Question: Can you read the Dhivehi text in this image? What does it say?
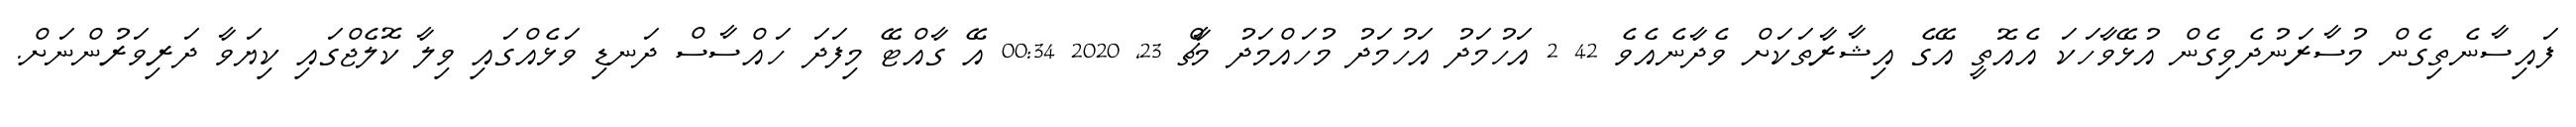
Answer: ފައިސާނެތިގެން މުސާރަނުދެވިގެން އުޅޭވާހަކަ އެއޮތީ އޭގެ އިޝާރާތަކަށް ވެދާނެއެވެ 42 2 އަހުމަދު އަހުމަދު މުހައްމަދު މާޗް 23, 2020 00:34 އޭ ގާއްޓޭ މިފަދަ ހައްސާސް ދަނޑި ވަޅެއްގައި ވިލާ ކޮލެޖްގައި ކިޔަވާ ދަރިވަރުންނަށް.